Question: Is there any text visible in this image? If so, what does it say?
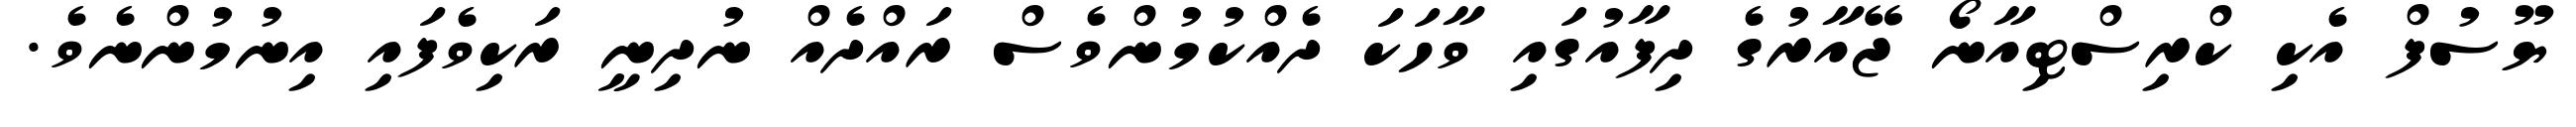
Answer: ޔޫސުފް އެކި ކްރިސްޓިއާނޯ ޖޭއާރުގެ ދިފާއުގައި ވާހަކަ ދެއްކުމުންވެސް ރައްދެއް ނުދިނީ ރަކިވެފައި އިނުމުންނެވެ.